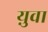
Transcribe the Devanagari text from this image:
य़ुवा